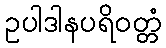
ဥပါဒါနပရိဝတ္တံ